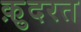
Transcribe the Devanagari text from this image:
क़़ुदरत